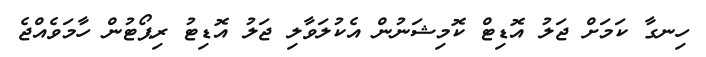
ހިނގާ ކަމަށް ޖަލު އޮޑިޓް ކޮމިޝަނުން އެކުލަވާލި ޖަލު އޮޑިޓު ރިޕޯޓުން ހާމަވެއްޖެ